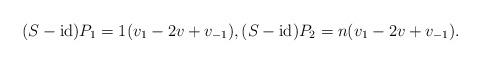
LaTeX: \begin{align*}(S-\operatorname{id})P_1=1(v_1-2v+v_{-1}),(S-\operatorname{id})P_2=n(v_1-2v+v_{-1}).\end{align*}